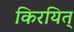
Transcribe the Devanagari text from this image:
किरयित्